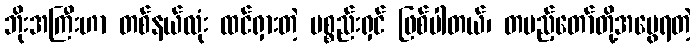
ဘိုးအကြီးဟာ တစ်နယ်လုံး ထင်ရှားတဲ့ ပစ္စည်းရှင် ဖြစ်ပါတယ်၊ တပည့်တော်တို့အမွေရတဲ့